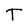
Character: T